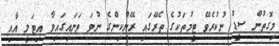
މިގޮތުން ސީޑް ނުކުރެވޭ ޓީމުތަކުގެ ތެރޭގައި ރޭންކިންގެ ނުވަ ވަނައިގައިވާ އިޓަލީ އާއި